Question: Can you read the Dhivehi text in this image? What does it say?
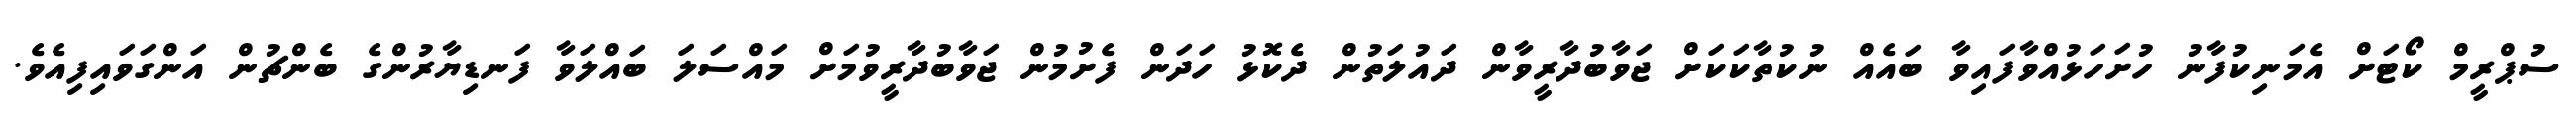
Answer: ސުޕްރީމް ކޯޓަށް އެމަނިކުފާނު ހުށަހަޅުއްވާފައިވާ ބައެއް ނުކުތާކަކަށް ޖަވާބުދާރީވާން ދައުލަތުން ދެކޮޅު ހަދަން ފެށުމުން ޖަވާބުދާރީވުމަށް މައްސަލަ ބައްލަވާ ފަނޑިޔާރުންގެ ބެންޗުން އަންގަވައިފިއެވެ.